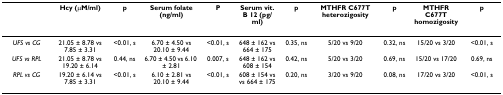
|  | Hcy (μM/ml) | p | Serum folate (ng/ml) | P | Serum vit. B 12 (pg/ml) | p | MTHFR C677T heterozigosity | p | MTHFR C677T homozigosity | p |
 | --- | --- | --- | --- | --- | --- | --- | --- | --- | --- | --- |
 | UFS vs CG | 21.05 ± 8.78 vs 7.85 ± 3.31 | <0.01, s | 6.70 ± 4.50 vs 20.10 ± 9.44 | <0.01, s | 648 ± 162 vs 664 ± 175 | 0.35, ns | 5/20 vs 9/20 | 0.32, ns | 15/20 vs 3/20 | <0.01, s |
 | UFS vs RPL | 21.05 ± 8.78 vs 19.20 ± 6.14 | 0.44, ns | 6.70 ± 4.50 vs 6.10 ± 2.81 | 0.007, s | 648 ± 162 vs 608 ± 154 | 0.42, ns | 5/20 vs 3/20 | 0.69, ns | 15/20 vs 17/20 | 0.69, ns |
 | RPL vs CG | 19.20 ± 6.14 vs 7.85 ± 3.31 | <0.01, s | 6.10 ± 2.81 vs 20.10 ± 9.44 | <0.01, s | 608 ± 154 vs vs 664 ± 175 | 0.20, ns | 3/20 vs 9/20 | 0.08, ns | 17/20 vs 3/20 | <0.01, s |